Report of the King Institute of Preventive Medicine, Guindy
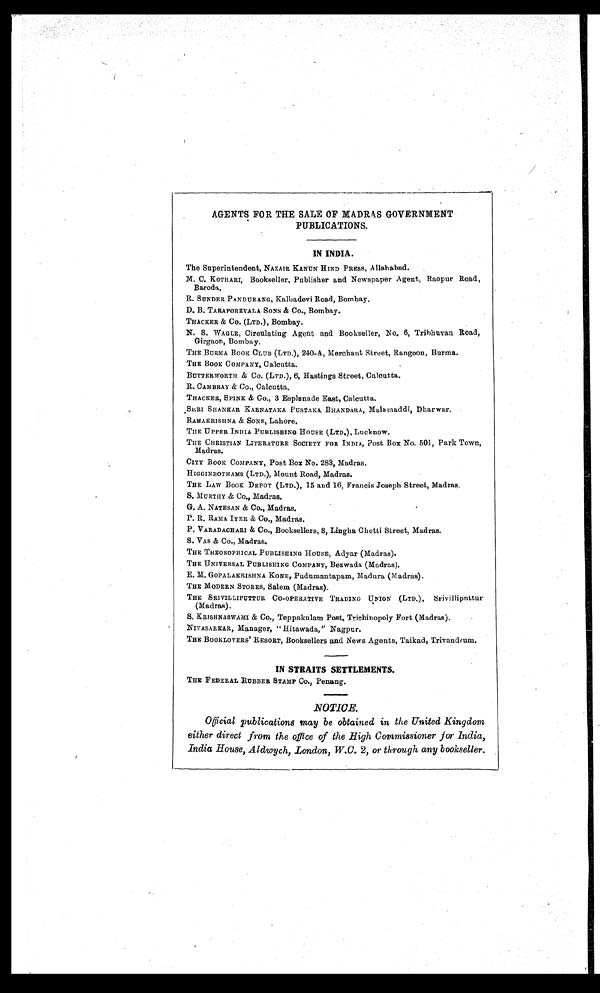
AGENTS FOR THE SALE OF MADRAS GOVERNMENT
PUBLICATIONS.
IN INDIA.
The Superintendent, NAZAIR KANUN HIND PRESS, Allahabad.
M. C. KOTHARI, Bookseller, Publisher and Newspaper Agent, Raopur Road,
Baroda.
R. SUNDER PANDURANG, Kalbadevi Road, Bombay.
D. B. TARAPOREVALA SONS & Co., Bombay.
THACKER & CO. (LTD.), Bombay.
N. S. WAGLE, Circulating Agent and Bookseller, No. 6, Tribhuvan Road,
Girgaon, Bombay.
THE BURMA Book CLUB (LTD.), 240-A, Merchant Street, Rangoon, Burma.
THE BOOK COMPANY, Calcutta.
BUTTER WORTH & Co. (LTD.), 6, Hastings Street, Calcutta.
R. CAMBRAY & Co., Calcutta.
THACKER, SPINK & Co., 3 Esplanade East, Calcutta.
SHRI SHANKAR KARNATAKA PUSTAKA BHANDARA, Malamaddi, Dharwar.
RAMAKRISHNA & SONS, Lahore.
THE UPPER INDIA PUBLISHING HOUSE (LTD.), Luck now.
THE CHRISTIAN LITERATURE SOCIETY FOR INDIA, Post BOX No. 501, Park Town
,
Madras.
CITY Book COMPANY, Post Box No. 283, Madras.
HIGGINBOTHAMS (LTD.), Mount Road, Madras.
THE LAW BOOK DEPOT (LTD.), 15 and 16, Francis Joseph Street, Madras.
S. MURTHY & Co., Madras.
G. A. NATESAN & CO., Madras.
P. R. RAMA IYER & Co., Madras.
P. VARADACHARI & CO., Booksellers, 8, Lingha Chetti Street, Madras.
S. VAS & Co., Madras.
THE THEOSOPHICAL PUBLISHING HOUSE, Adyar (Madras).
THE UNIVERSAL PUBLISHING COMPANY, Bezwada (Madras).
E. M. GOPALAKRISHNA KONE, Pudumantapam, Madura (Madras).
THE MODERN STORES, Salem (Madras).
THE SRIVILLIPUTTUR CO-OPERATIVE TRADING UNION (LTD.), Srivilliputtur
(Madras).
S. KRISHNASWAMI & CO., Teppakulam Post, Trichinopoly Fort (Madras).
NIVASARKAR, Manager, "Hitawada," Nagpur.
THE BOOKLOVERS' RESORT, Booksellers and News Agents, Taikad, Trivandrum.
IN STRAITS SETTLEMENTS.
THE FEDERAL RUBBER STAMP CO., Penang.
NOTICE.
Official publications may be obtained in the United Kingdom
either direct from the office of the High Commissioner for India,
India House, Aldwych, London, W.C. 2, or through any bookseller.